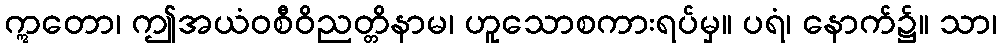
ဣတော၊ ဤအယံဝစီဝိညတ္တိနာမ၊ ဟူသောစကားရပ်မှ။ ပရံ၊ နောက်၌။ သာ၊